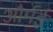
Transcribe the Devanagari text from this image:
और्मई